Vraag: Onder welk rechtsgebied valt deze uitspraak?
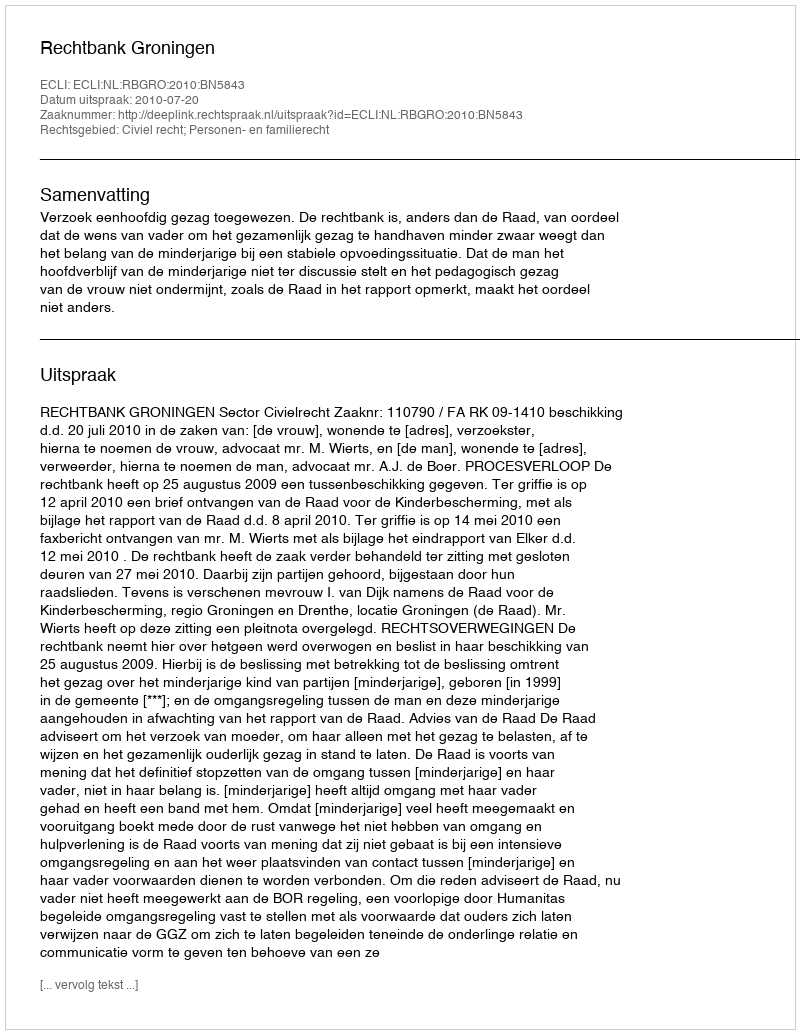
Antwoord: Civiel recht; Personen- en familierecht